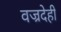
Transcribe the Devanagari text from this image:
वज्रदेही